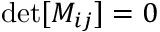
\mathrm { d e t } [ M _ { i j } ] = 0